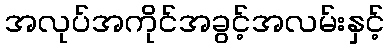
အလုပ်အကိုင်အခွင့်အလမ်းနှင့်